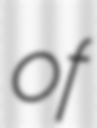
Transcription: of